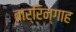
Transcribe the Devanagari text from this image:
वार्रिन्गाह